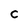
Character: c